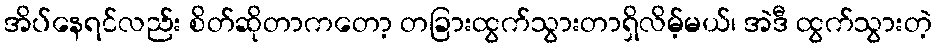
အိပ်နေရင်လည်း စိတ်ဆိုတာကတော့ တခြားထွက်သွားတာရှိလိမ့်မယ်၊ အဲဒီ ထွက်သွားတဲ့